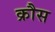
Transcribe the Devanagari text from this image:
क्रौस